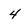
Character: 4